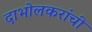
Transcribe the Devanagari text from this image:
दाभोलकरांची